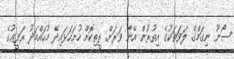
ސޯނޫ ނިގަމްގެ ލަވަތަކުގެ އިތުރުން އޭނާ ވަރަށް ރީތިކޮށް ހުށަހަޅައިދޭ މުހައްމަދު ރަފީޢުގެ